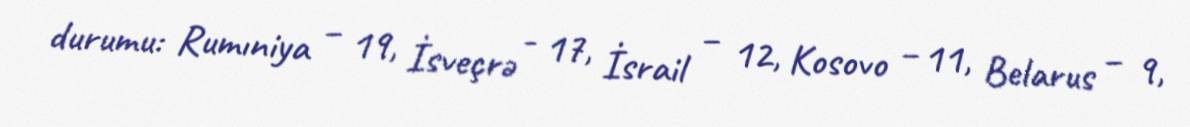
durumu: Rumıniya – 19, İsveçrə - 17, İsrail – 12, Kosovo – 11, Belarus – 9,